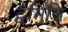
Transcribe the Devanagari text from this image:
द्वैमित्रि